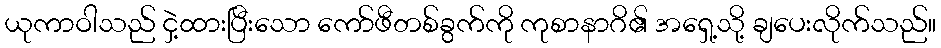
ယုကာဝါသည် ငှဲ့ထားပြီးသော ကော်ဖီတစ်ခွက်ကို ကုစာနာဂိ၏ အရှေ့သို့ ချပေးလိုက်သည်။